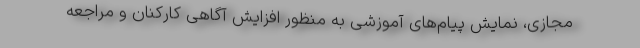
مجازی، نمایش پیام‌های آموزشی به منظور افزایش آگاهی کارکنان و مراجعه